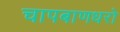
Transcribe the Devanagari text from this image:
चापबाणधरो